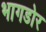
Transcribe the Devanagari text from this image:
भागडोर